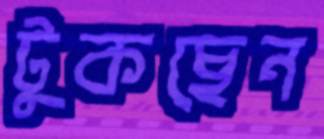
টুকছেন